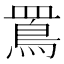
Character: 𪾖